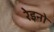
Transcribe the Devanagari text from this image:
रेइनो